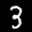
Label: 3